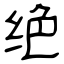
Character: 绝